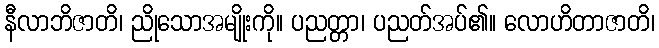
နီလာဘိဇာတိ၊ ညိုသောအမျိုးကို။ ပညတ္တာ၊ ပညတ်အပ်၏။ လောဟိတာဇာတိ၊